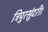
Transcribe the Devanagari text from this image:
त्रिपुरसुंदरी।